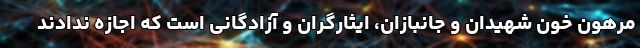
مرهون خون شهیدان و جانبازان، ایثارگران و آزادگانی است که اجازه ندادند